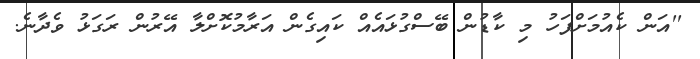
''އަން ކެއުމަށްފަހު މި ކާޑުން ބޭސްގުޅައެއް ކައިގެން އަރާމުކޮށްލާ އޭރުން ރަގަޅު ވެދާނެ.